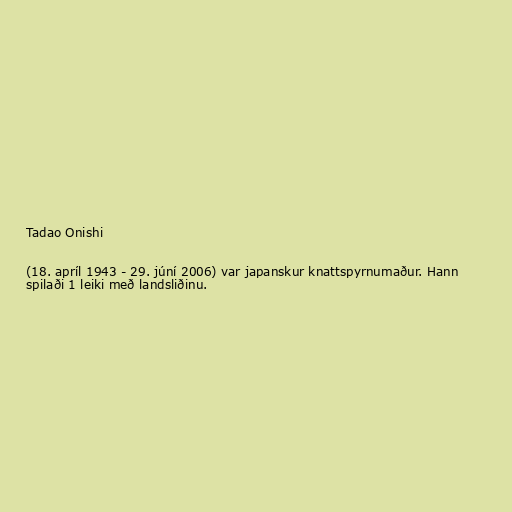
Tadao Onishi

(18. apríl 1943 - 29. júní 2006) var japanskur knattspyrnumaður. Hann
spilaði 1 leiki með landsliðinu.